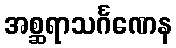
အစ္ဆရာသင်္ဂဏေန